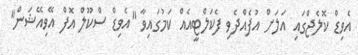
އެވިޑް ކޮލެޖްގައި އަލަށް އުފެއްދެވި ފެކަލްޓީއެއް ކަމުގައިވާ "އެވިޑް ސްކޫލް އޮފް އޭވިއޭޝަން"